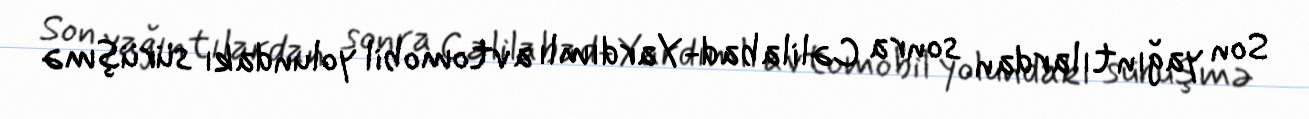
Son yağıntılardan sonra Cəlilabad-Yardımlı avtomobil yolundakı sürüşmə